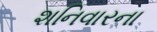
શનિવારના